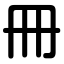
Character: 冊